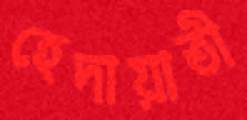
হেদায়াতী